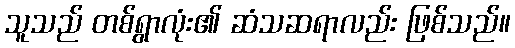
သူသည် တစ်ရွာလုံး၏ ဆံသဆရာလည်း ဖြစ်သည်။